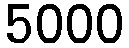
5000